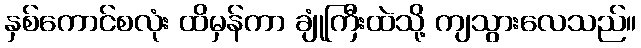
နှစ်ကောင်စလုံး ထိမှန်ကာ ချုံကြီးထဲသို့ ကျသွားလေသည်။